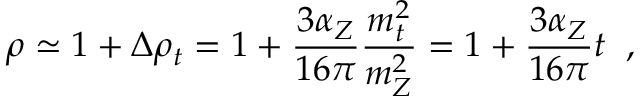
\rho \simeq 1 + \Delta \rho _ { t } = 1 + \frac { 3 \alpha _ { Z } } { 1 6 \pi } \frac { m _ { t } ^ { 2 } } { m _ { Z } ^ { 2 } } = 1 + \frac { 3 \alpha _ { Z } } { 1 6 \pi } t \; \; ,